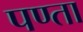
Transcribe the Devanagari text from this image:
पण्ता